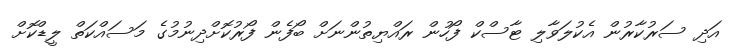
އަދި ސަރުކާރުން އެކުލަވާލި ޓާސްކް ފޯހުން ރައްޔިތުންނަށް ބޯފެން ފޯރުކޮށްދިނުމުގެ މަސައްކަތް ލީޑްކޮށް